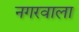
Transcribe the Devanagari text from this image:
नगरवाला